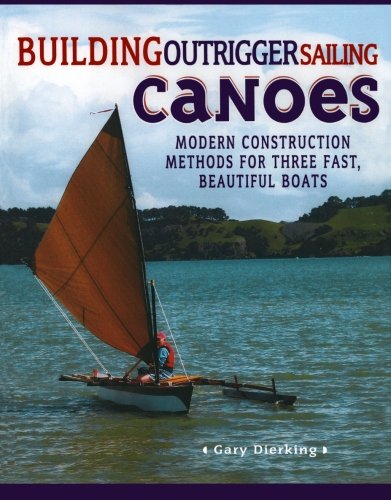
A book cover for Building Outrigger Sailing Canoes: Modern Construction Methods for Three Fast, Beautiful Boats; Gary Dierking; Sports & Outdoors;